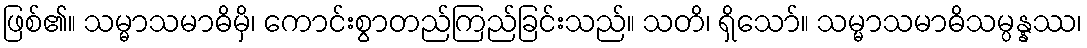
ဖြစ်၏။ သမ္မာသမာဓိမှိ၊ ကောင်းစွာတည်ကြည်ခြင်းသည်။ သတိ၊ ရှိသော်။ သမ္မာသမာဓိသမ္ပန္နဿ၊